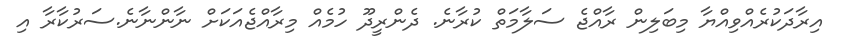
އިރާދަކުރެއްވިއްޔާ މިބަލިން ރާއްޖެ ސަލާމަތް ކުރާނެ. ދެންރީދޫ ހުމެއް މިރާއްޖެއަކަށް ނާންނާނެ.ސަރުކާރާ އި